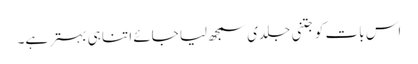
اس بات کو جتنی جلدی سمجھ لیا جائے اتنا ہی بہتر ہے۔